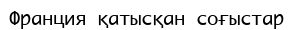
Франция қатысқан соғыстар